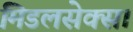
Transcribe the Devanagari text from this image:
मिडलसेक्स।